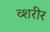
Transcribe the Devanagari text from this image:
व्शरीर